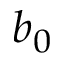
b _ { 0 }